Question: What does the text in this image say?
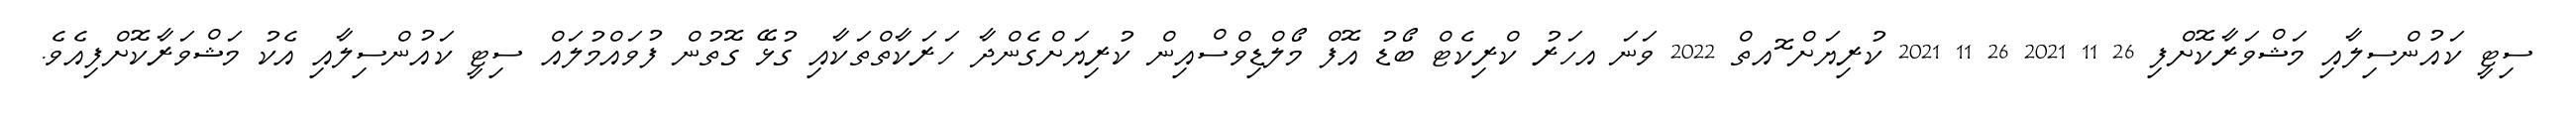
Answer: ސިޓީ ކައުންސިލާއި މަޝްވަރާކޮށްފި 26 11 2021 26 11 2021 ކުރިޔަށް ޮއތް 2022 ވަނަ އހަރު ކްރިކެޓް ބޯޑު އޮފް މޯލްޑިވްސްއިން ކުރިޔަށްގެންދާ ހަރަކާތްތަކާއި ގުޅޭ ގޮތުން ފުވައްމުލައް ސިޓީ ކައުންސިލާއި އެކު މަޝްވަރާކޮށްފިއެވެ.